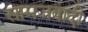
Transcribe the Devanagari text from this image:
सामजवादी